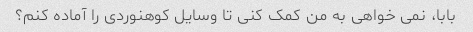
بابا، نمی خواهی به من کمک کنی تا وسایل کوهنوردی را آماده کنم؟